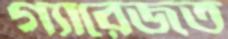
গ্যারেজত